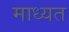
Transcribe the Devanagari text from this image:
माध्यत